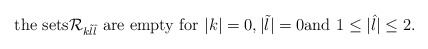
\begin{align*}\mbox{the sets$\mathcal{R}_{k\tilde l\hat l}$ are empty for $|k|=0,|\tilde l|=0$and $1\leq|\hat{l}|\leq2$.}\end{align*}